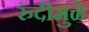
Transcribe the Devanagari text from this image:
रुंदीमुळे